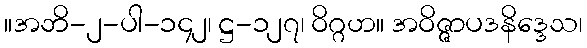
။အဘိ-၂-ပါ-၁၄၂၊ ဋ္ဌ-၁၂၇၊ ဝိဂ္ဂဟ။ အဝိဇ္ဇာပဒနိဒ္ဒေသ၊